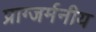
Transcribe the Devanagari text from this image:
प्राग्जर्मनीय